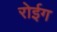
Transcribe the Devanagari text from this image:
रोईग